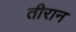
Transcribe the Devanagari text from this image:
तीरान